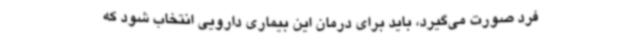
فرد صورت می‌گیرد، باید برای درمان این بیماری دارویی انتخاب شود که